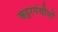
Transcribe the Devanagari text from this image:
कट्टरपंथीयों